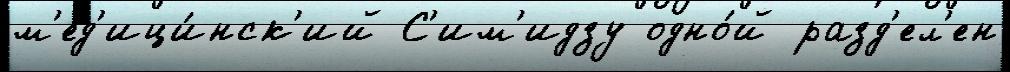
м'ед'ици́нск'ий С'им'идзу одно́й разд'ел'ен